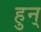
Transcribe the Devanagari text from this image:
हुन्